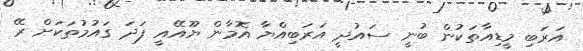
އަރަބި މީޑިއާތަކުން ބުނީ ސައުދީ އަރަބިއްޔާ އޮމާން ޔޫއޭއީ ފަދަ ގައުމުތަކަށް ރޭ